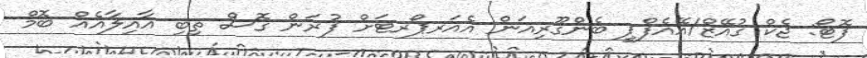
ފޮޓޯ: ޖެކް ގުއޭޒް/އޭއެފްޕީ ބެންގޫރިއަން އެއަރޕޯރޓަށް ފުރަން ގޮސް ތިބި އާއިލާއެއް ބޮމް